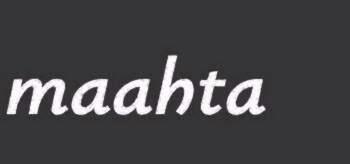
maahta